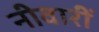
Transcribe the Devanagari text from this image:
नीवारीं